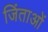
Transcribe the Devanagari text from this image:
जिंताओं